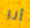
أنا